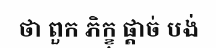
ថា ពួក ភិក្ខុ ផ្តាច់ បង់